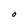
Character: O